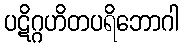
ပဋိဂ္ဂဟိတပရိဘောဂါ